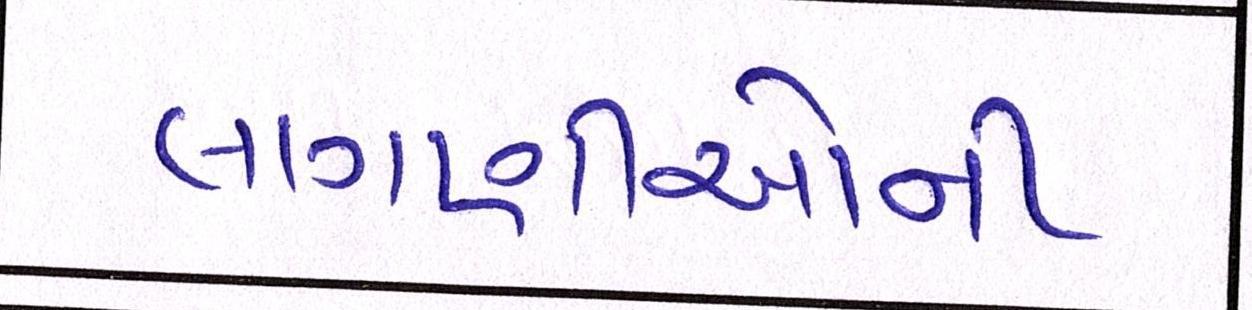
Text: લાગણીઓની